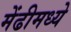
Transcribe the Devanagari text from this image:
मेंढीमध्ये